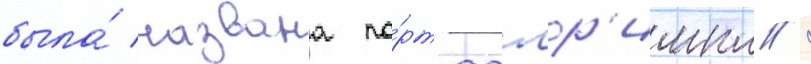
была́ названа по́рт-далр'импл /